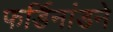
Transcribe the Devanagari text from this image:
फर्डिनांडने